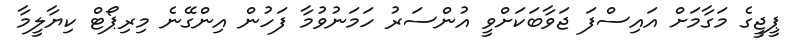
ޕީޖީގެ މަގާމަށް އައިސްފަ ޖަވާބަކަށްވީ އުންސަރު ހަމަނުވުމާ ފަހުން އިންގޭނެ މިރިޕޯޓް ކިޔާލީމާ